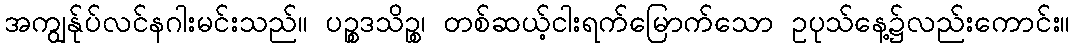
အကျွန်ုပ်လင်နဂါးမင်းသည်။ ပဉ္စဒသိဉ္စ၊ တစ်ဆယ့်ငါးရက်မြောက်သော ဥပုသ်နေ့၌လည်းကောင်း။